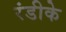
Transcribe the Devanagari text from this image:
रंडीके